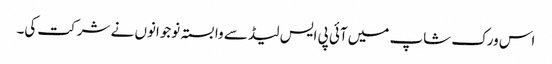
اس ورک شاپ میں آئی پی ایس لیڈ سے وابستہ نوجوانوں نے شرکت کی۔